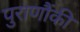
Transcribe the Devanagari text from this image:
पुराणौंकी